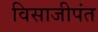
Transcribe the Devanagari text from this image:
विसाजीपंत